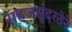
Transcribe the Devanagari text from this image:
सहजसुंदरतेने